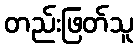
တည်းဖြတ်သူ